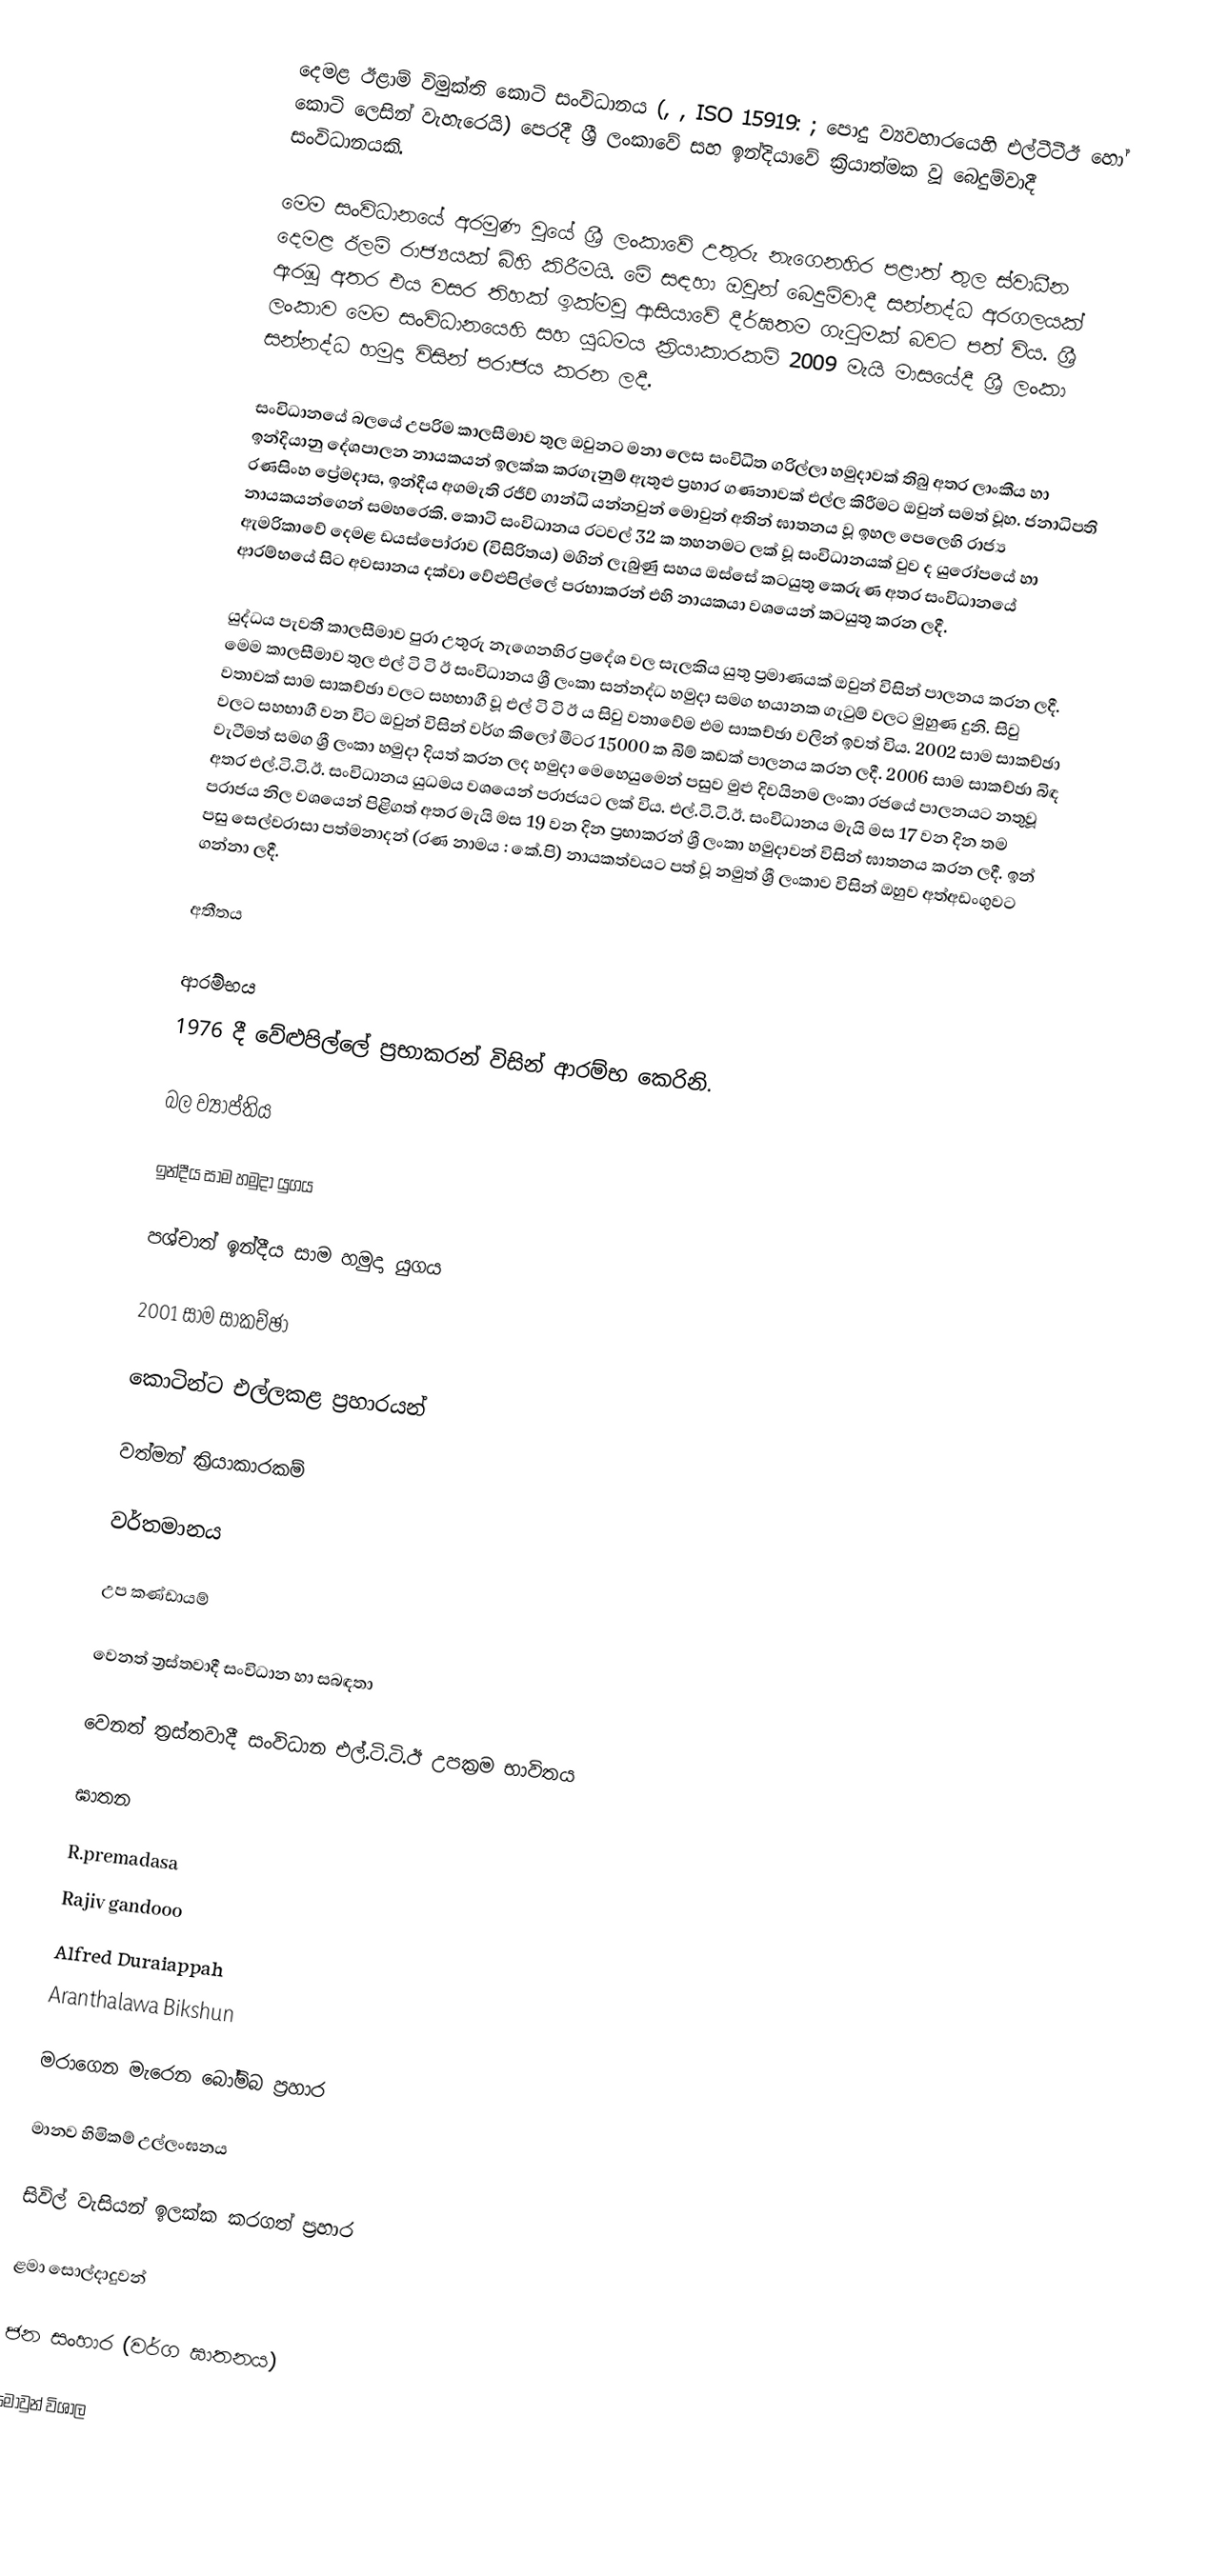
දෙමළ ඊළාම් විමුක්ති කොටි සංවිධානය (, , ISO 15919: ; පොදු ව්‍යවහාරයෙහි එල්ටීටීඊ හෝ කොටි ලෙසින් වැහැරෙයි) පෙරදී  ශ්‍රී ලංකාවේ සහ ඉන්දියාවේ ක්‍රියාත්මක වූ බෙදුම්වාදී සංවිධානයකි.

මෙම සංවිධානයේ අරමුණ වුයේ ශ්‍රී ලංකාවේ උතුරු නැගෙනහිර පළාත් තුල ස්වාධීන දෙමළ ඊලම් රාජ්‍යයක් බිහි කිරීමයි. මේ සඳහා ඔවුන් බෙදුම්වාදී සන්නද්ධ අරගලයක් ඇරඹූ අතර එය වසර තිහක් ඉක්මවූ ආසියාවේ දීර්ඝතම ගැටුමක් බවට පත් විය. ශ්‍රී ලංකාව මෙම සංවිධානයෙහි සහ යුධමය ක්‍රියාකාරකම් 2009 මැයි මාසයේදී ශ්‍රී ලංකා සන්නද්ධ හමුදා විසින් පරාජය කරන ලදී.

සංවිධානයේ බලයේ උපරිම කාලසීමාව තුල ඔවුනට මනා ලෙස සංවිධිත ගරිල්ලා හමුදාවක් තිබු අතර ලාංකීය හා ඉන්දියානු දේශපාලන නායකයන් ඉලක්ක කරගැනුම් ඇතුළු ප්‍රහාර ගණනාවක් එල්ල කිරීමට ඔවුන් සමත් වූහ. ජනාධිපති රණසිංහ ප්‍රේමදාස, ඉන්දීය අගමැති රජීව් ගාන්ධි යන්නවුන් මොවුන් අතින් ඝාතනය වූ ඉහල පෙලෙහි රාජ්‍ය නායකයන්ගෙන් සමහරෙකි. කොටි සංවිධානය රටවල් 32 ක තහනමට ලක් වූ සංවිධානයක් වුව ද යුරෝපයේ හා ඇමරිකාවේ දෙමළ  ඩයස්පෝරාව (විසිරිතය) මගින් ලැබුණු සහය ඔස්සේ කටයුතු කෙරුණ අතර සංවිධානයේ ආරම්භයේ සිට අවසානය දක්වා වේළුපිල්ලේ ප‍්‍රභාකරන් එහි නායකයා වශයෙන් කටයුතු කරන ලදී.

යුද්ධය පැවතී කාලසීමාව පුරා උතුරු නැගෙනහිර ප්‍රදේශ වල සැලකිය යුතු ප්‍රමාණයක් ඔවුන් විසින් පාලනය කරන ලදී. මෙම කාලසීමාව තුල එල් ටි ටි ඊ සංවිධානය ශ්‍රී ලංකා සන්නද්ධ හමුදා සමග භයානක ගැටුම් වලට මුහුණ දුනි. සිවු වතාවක් සාම සාකච්ඡා වලට සහභාගී වූ එල් ටි ටි ඊ ය සිවු වතාවේම එම සාකච්ඡා වලින් ඉවත් විය. 2002 සාම සාකච්ඡා වලට සහභාගී වන විට ඔවුන් විසින් වර්ග කිලෝ මීටර 15000 ක බිම් කඩක් පාලනය කරන ලදී. 2006 සාම සාකච්ඡා බිඳ වැටීමත් සමග ශ්‍රී ලංකා හමුදා දියත් කරන ලද හමුදා මෙහෙයුමෙන් පසුව මුළු දිවයිනම ලංකා රජයේ පාලනයට නතුවූ අතර එල්.ටි.ටි.ඊ. සංවිධානය යුධමය වශයෙන් පරාජයට ලක් විය. එල්.ටි.ටි.ඊ. සංවිධානය මැයි මස 17 වන දින තම පරාජය නිල වශයෙන් පිළිගත් අතර මැයි මස 19 වන දින ප්‍රභාකරන් ශ්‍රී ලංකා හමුදාවන් විසින් ඝාතනය කරන ලදී. ඉන් පසු සෙල්වරාසා පත්මනාදන් (රණ නාමය : කේ.පි) නායකත්වයට පත් වූ නමුත් ශ්‍රී ලංකාව විසින් ඔහුව අත්අඩංගුවට ගන්නා ලදී.

අතීතය

ආරම්භය
1976 දී වේළුපිල්ලේ ප‍්‍රභාකරන් විසින් ආරම්භ කෙරිනි.

බල ව්‍යාප්තිය

ඉන්දීය සාම හමුදා යුගය

පශ්චාත් ඉන්දීය සාම හමුදා යුගය

2001 සාම සාකච්ඡා

කොටින්ට එල්ලකළ ප්‍රහාරයන්

වත්මන් ක්‍රියාකාරකම්

වර්තමානය

උප කණ්ඩායම්

වෙනත් ත්‍රස්තවාදී සංවිධාන හා සබඳතා

වෙනත් ත්‍රස්තවාදී සංවිධාන එල්.ටි.ටි.ඊ උපක්‍රම භාවිතය

ඝාතන

R.premadasa
Rajiv gandooo
Alfred Duraiappah
Aranthalawa Bikshun

මරාගෙන මැරෙන බෝම්බ ප්‍රහාර

මානව හිමිකම් උල්ලංඝනය

සිවිල් වැසියන් ඉලක්ක කරගත් ප්‍රහාර

ළමා සොල්දාදුවන්

ජන සංහාර (වර්ග ඝාතනය)

මොවුන් විශාල